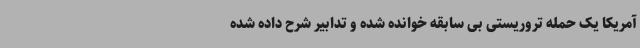
آمریکا یک حمله تروریستی بی سابقه خوانده شده و تدابیر شرح داده شده